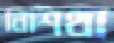
নিশিথা